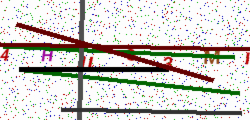
Text: 4HUG3MI